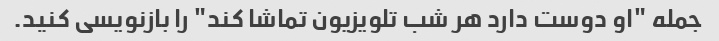
جمله "او دوست دارد هر شب تلویزیون تماشا کند" را بازنویسی کنید.